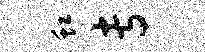
虹专